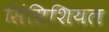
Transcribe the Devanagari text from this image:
सिंसिशियल